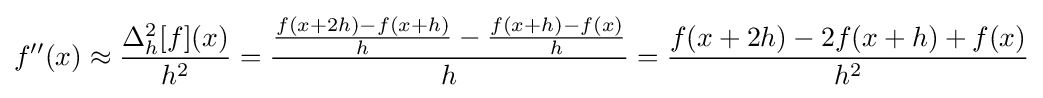
f''(x)\approx {\frac {\Delta _{h}^{2}[f](x)}{h^{2}}}={\frac {{\frac {f(x+2h)-f(x+h)}{h}}-{\frac {f(x+h)-f(x)}{h}}}{h}}={\frac {f(x+2h)-2f(x+h)+f(x)}{h^{2}}}